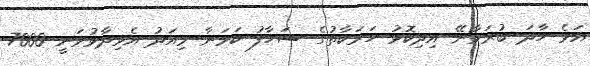
އަޅެ ހާދަ ބުރަވާނޭ އިދިކޮޅު ހަރަކާތުގެ ސަހާފު ކަމަނާ މިއަދު އެވިދާޅުވަނީ 7000